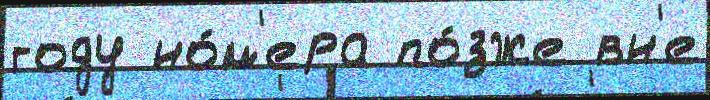
году но́м'ера по́зже вн'е